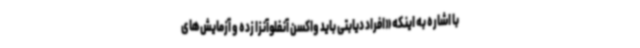
با اشاره به اینکه «افراد دیابتی باید واکسن آنفلوآنزا زده و آزمایش‌های